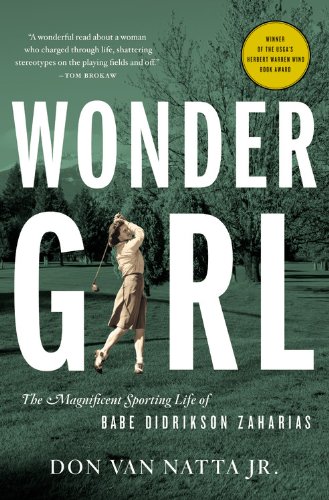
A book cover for Wonder Girl: The Magnificent Sporting Life of Babe Didrikson Zaharias; Don Van Natta; Biographies & Memoirs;